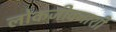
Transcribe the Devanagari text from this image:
लोकजीवनाशी